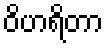
ဝိဟရိတာ